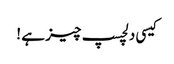
کیسی دلچسپ چیز ہے !